Scottish Leaving Certificate Examination, 1961
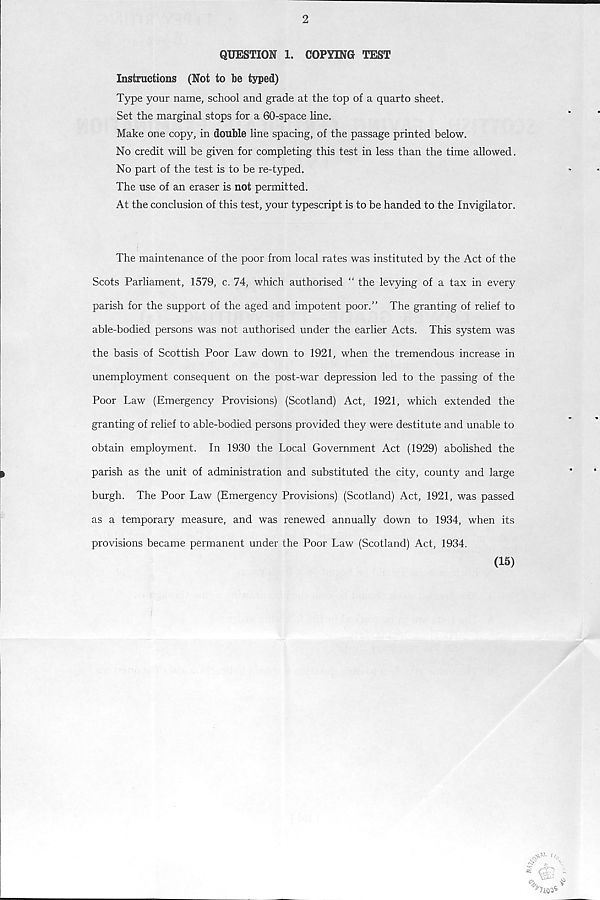
2
QUESTION 1. COPYING TEST
Instructions (Not to be typed)
Type your name, school and grade at the top of a quarto sheet.
Set the marginal stops for a 60-space line.
Make one copy, in double line spacing, of the passage printed below.
No credit will be given for completing this test in less than the time allowed.
No part of the test is to be re-typed.
The use of an eraser is not permitted.
At the conclusion of this test, your typescript is to be handed to the Invigilator.
The maintenance of the poor from local rates was instituted by the Act of the
Scots Parliament, 1579, c. 74, which authorised “ the levying of a tax in every
parish for the support of the aged and impotent poor.” The granting of relief to
able-bodied persons was not authorised under the earlier Acts. This system was
the basis of Scottish Poor Law down to 1921, when the tremendous increase in
unemployment consequent on the post-war depression led to the passing of the
Poor Law (Emergency Provisions) (Scotland) Act, 1921, which extended the
granting of relief to able-bodied persons provided they were destitute and unable to
obtain employment. In 1930 the Local Government Act (1929) abolished the
parish as the unit of administration and substituted the city, county and large
burgh. The Poor Law (Emergency Provisions) (Scotland) Act, 1921, was passed
as a temporary measure, and was renewed annually down to 1934, when its
provisions became permanent under the Poor Law (Scotland) Act, 1934.
(15)